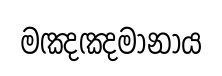
මඤඤමානාය